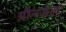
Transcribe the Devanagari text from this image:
ग्रीनडेल